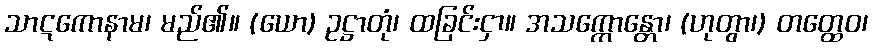
သာဋကောနာမ၊ မည်၏။ (ယော) ဥဋ္ဌာတုံ၊ ထခြင်းငှာ။ အသက္ကောန္တော၊ (ဟုတွာ၊) တတ္ထေဝ၊